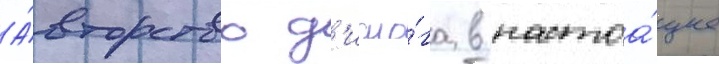
А́вторство д'иало́га в настоа́щее